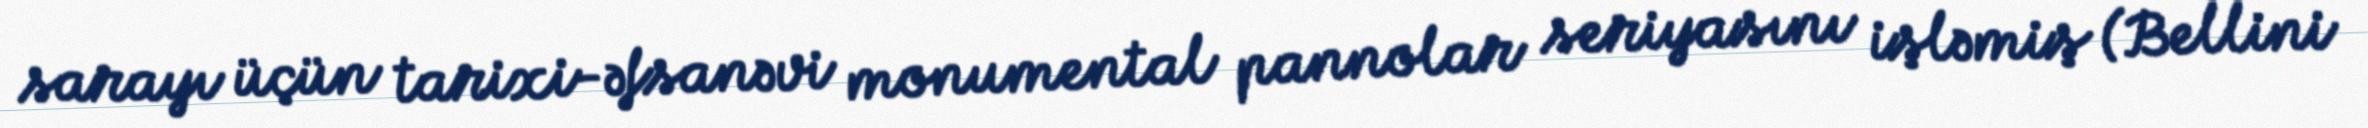
sarayı üçün tarixi-əfsanəvi monumental pannolar seriyasını işləmiş (Bellini